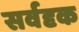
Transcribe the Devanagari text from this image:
सर्वदृक